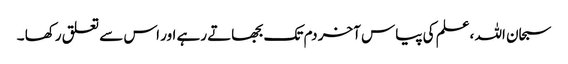
سبحان اللہ ،علم کی پیاس آخر دم تک بجھاتے رہے اور اس سے تعلق رکھا ۔